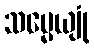
သမ္မေယျုံ